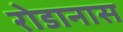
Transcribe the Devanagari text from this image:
रोडानास